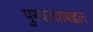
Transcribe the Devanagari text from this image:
पुरवल्याबद्दल